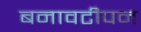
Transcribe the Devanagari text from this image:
बनावटीपन